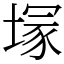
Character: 塜